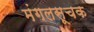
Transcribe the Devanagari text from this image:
मंगलसूचक